Leaving Certificate Examination, 1914
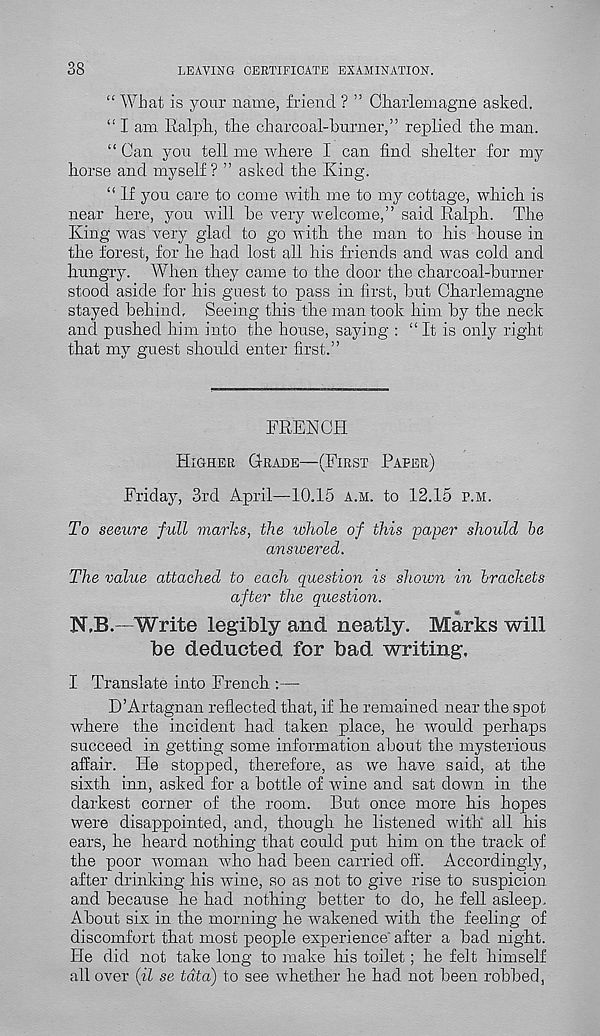
38
LEAVING CERTIFICATE EXAMINATION.
“ What is your name, friend ? ” Charlemagne asked.
“ I am Ralph, the charcoal-burner,” replied the man.
“ Can you tell me where I can find shelter for my
horse and myself? ” asked the King.
“ If you care to come with me to my cottage, which is
near here, you will be very welcome,” said Ralph. The
King was very glad to go with the man to his house in
the forest, for he had lost all his friends and was cold and
hungry. When they came to the door the charcoal-burner
stood aside for his guest to pass in first, but Charlemagne
stayed behind. Seeing this the man took him by the neck
and pushed him into the house, saying : “It is only right
that my guest should enter first.”
FRENCH
Higher Grade—(First Paper)
Friday, 3rd April—10.15 a.m. to 12.15 p.m.
To seeure full marks, the whole of this paper should he
answered.
The value attached to each question is shown in brackets
after the question.
N.B.—Write legibly and neatly. Marks will
be deducted for bad writing,
I Translate into French :—
D’Artagnan reflected that, if he remained near the spot
where the incident had taken place, he would perhaps
succeed in getting some information about the mysterious
affair. He stopped, therefore, as we have said, at the
sixth inn, asked for a bottle of wine and sat down in the
darkest corner of the room. But once more his hopes
were disappointed, and, though he listened with* all his
ears, he heard nothing that could put him on the track of
the poor woman who had been carried off. Accordingly,
after drinking his wine, so as not to give rise to suspicion
and because he had nothing better to do, he fell asleep.
About six in the morning he wakened with the feeling of
discomfort that most people experience" after a bad night.
He did not take long to make his toilet; he felt himself
all over (il se tdta) to see whether he had not been robbed,